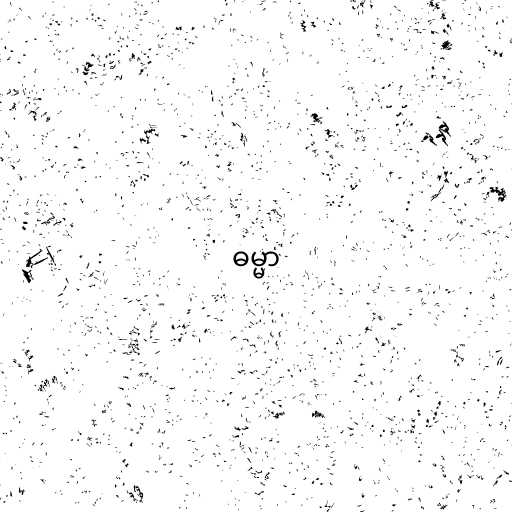
ဓမ္မာ